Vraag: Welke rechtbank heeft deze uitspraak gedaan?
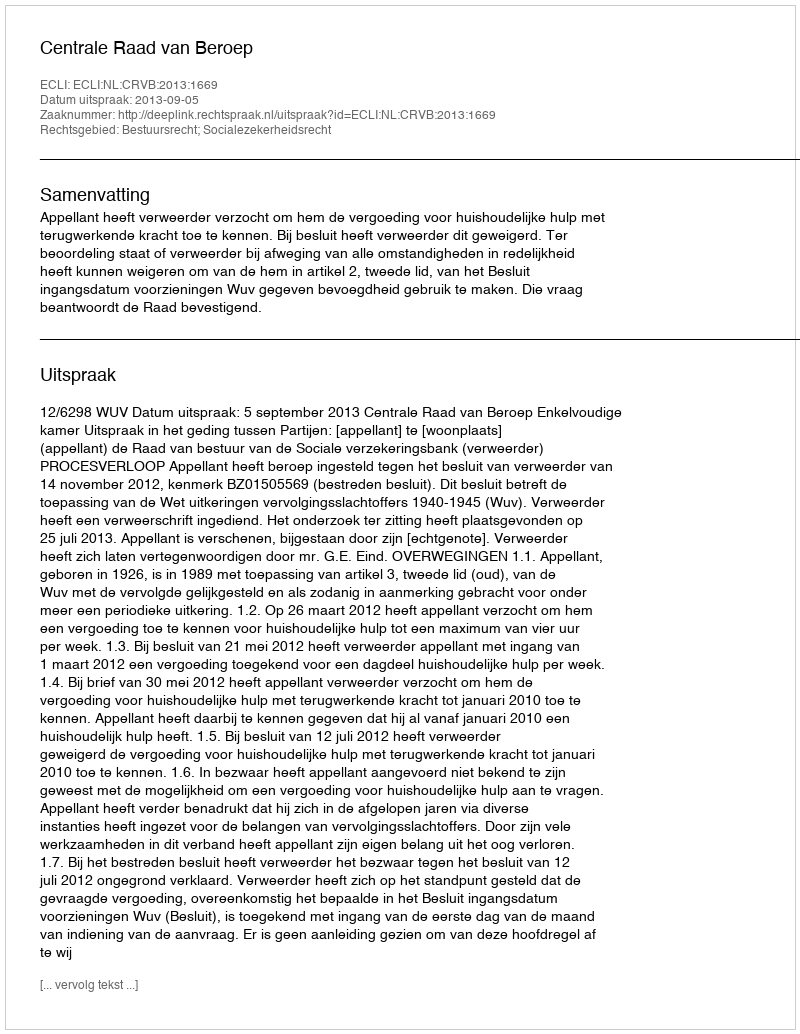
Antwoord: Centrale Raad van Beroep